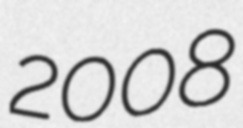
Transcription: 2008